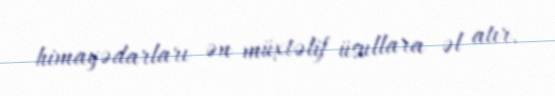
himayədarları ən müxtəlif üsullara əl atır.